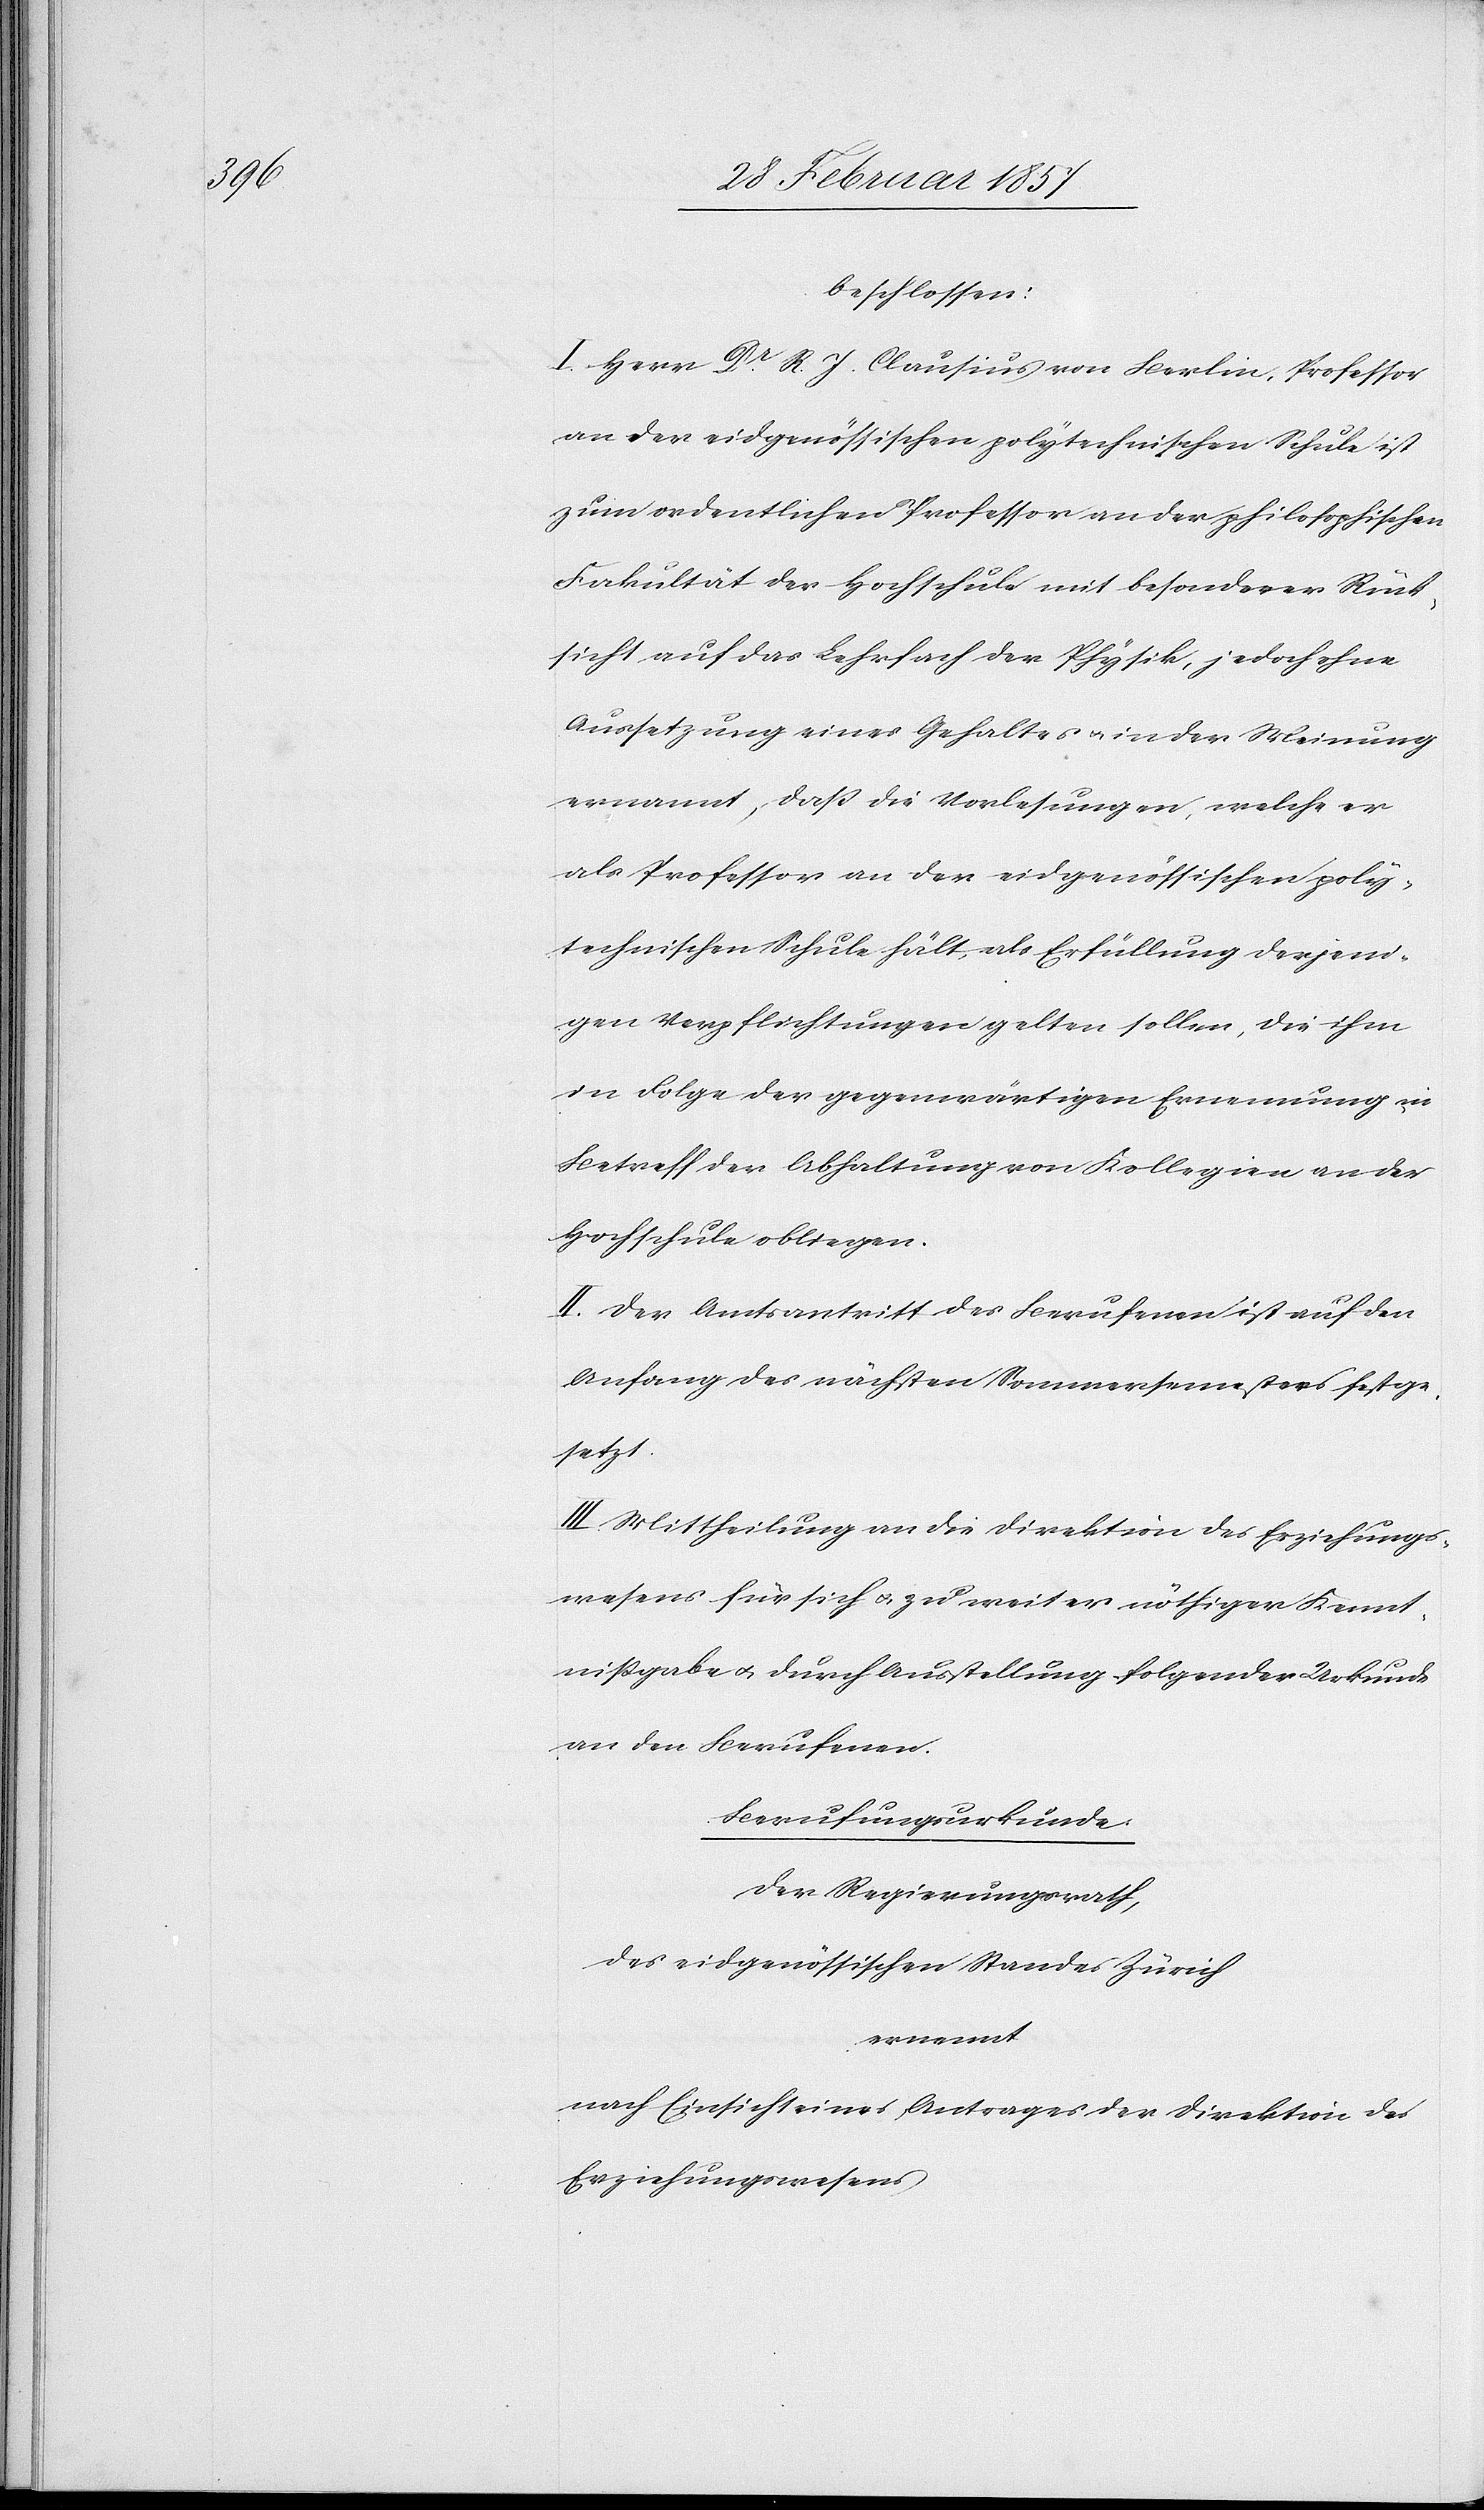
beschlossen:
I. Herrn Dr R. J. Clausius von Berlin, Professor
an der eidgenössischen polytechnischen Schule ist
zum ordentlichen Professor an der philosophischen
Fakultät der Hochschule mit besonderer Rück¬
sicht auf das Lehrfach der Physik, jedoch ohne
Aussetzung eines Gehaltes u. in der Meinung
ernannt, daß die Vorlesungen, welche er
als Professor an der eidgenössischen poly¬
technischen Schule hält, als Erfüllung derjeni¬
gen Verpflichtungen gelten sollen, die ihm
in Folge der gegenwärtigen Ernennung in
Betreff der Abhaltung von Kollegien an der
Hochschule obliegen.
II. Der Amtsantritt des Berufenen ist auf den
Anfang des nächsten Sommersemesters festge¬
setzt.
III. Mittheilung an die Direktion des Erziehungs¬
wesens für sich u. zu weiter nöthiger Kennt¬
nißgabe u. durch Ausstellung folgender Urkunde
an den Berufenen.
Berufungsurkunde
Der Regierungsrath,
des eidgenössischen Standes Zürich
ernennt
nach Einsicht eines Antrages der Direktion des
Erziehungswesens